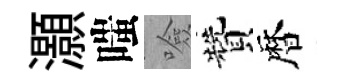
灝嗤噞贊暦